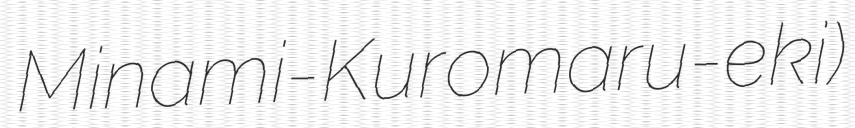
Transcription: Minami-Kuromaru-eki)